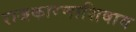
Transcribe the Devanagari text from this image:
राजकारणाशिवाय